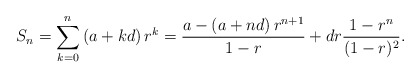
\begin{align*}S_n=\sum_{k=0}^n\left( a+kd\right)r^k=\frac{a-\left( a+nd\right)r^{n+1}}{1-r}+dr\frac{1-r^n}{(1-r)^2}.\end{align*}